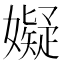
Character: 𫲆